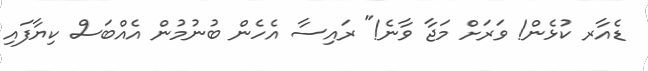
ޑެއާރ ކުޅެން! ވަރަށް މަޖާ ވާނެ!" ރައިސާ އެހެން ބުނުމުން އެއްބަސް ކިޔާފައި